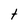
Character: t